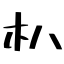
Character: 朳